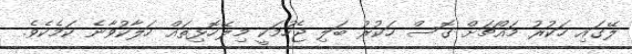
ލޭގައި ހަކުރު މައްޗަށް ގޮސް ހަކުރު ބަލި ޖެހުމަކީ މިލޭހޮޅިތައް ހަލާކުވާނެ ކަމެކެވެ.